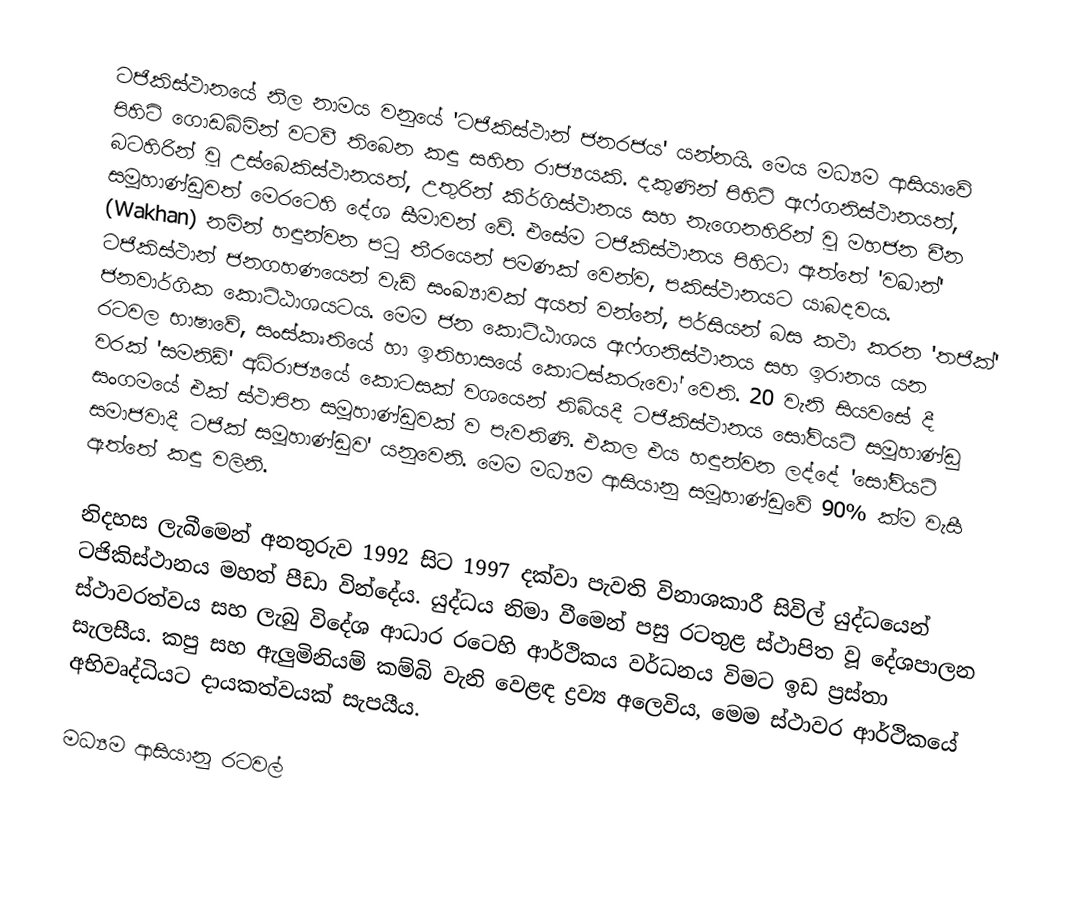
ටජිකිස්ථානයේ නිල නාමය වනුයේ 'ටජිකිස්ථාන් ජනරජය' යන්නයි. මෙය මධ්‍යම ආසියාවේ පිහිටි ගොඩබිමින් වටවී තිබෙන කඳු සහිත රාජ්‍යයකි. දකුණින් පිහිටි ඇෆ්ගනිස්ථානයත්, බටහිරින් වූ උස්බෙකිස්ථානයත්, උතුරින් කිර්ගිස්ථානය සහ නැගෙනහිරින් වූ මහජන චීන සමූහාණ්ඩුවත් මෙරටෙහි දේශ සීමාවන් වේ. එසේම ටජිකිස්ථානය පිහිටා ඇත‍්තේ 'වඛාන්' (Wakhan) නමින් හඳුන්වන පටු තීරයෙන් පමණක් වෙන්ව, පකිස්ථානයට යාබදවය. ටජිකිස්ථාන් ජනගහණයෙන් වැඩි සංඛ්‍යාවක් අයත් වන්නේ, පර්සියන් බස කථා කරන 'තජික්' ජනවාර්ගික කොට්ඨාශයටය. මෙම ජන කොට්ඨාශය ඇෆ්ගනිස්ථානය සහ ඉරානය යන රටවල භාෂාවේ, සංස්කෘතියේ හා ඉතිහාසයේ කොටස්කරුවෝ වෙති. 20 වැනි සියවසේ දී වරක් 'සමනිඩ්' අධිරාජ්‍යයේ කොටසක් වශයෙන් තිබියදී ටජිකිස්ථානය සෝවියට් සමූහාණ්ඩු සංගමයේ එක් ස්ථාපිත සමූහාණ්ඩුවක් ව පැවතිණි. එකල එය හඳුන්වන ලද්දේ 'සෝවියට් සමාජ‍වාදී ටජික් සමූහාණ්ඩුව' යනුවෙනි. මෙම මධ්‍යම ආසියානු සමූහාණ්ඩුවේ 90% ක්ම වැසී ඇත්තේ කඳු වලිනි.

නිදහස ලැබීමෙන් අනතුරුව 1992 සිට 1997 දක්වා පැවති විනාශකාරී සිවිල් යුද්ධයෙන් ටජිකිස්ථානය මහත් පීඩා වින්දේය. යුද්ධය නිමා වීමෙන් පසු රටතුළ ස්ථාපිත වූ දේශපාලන ස්ථාවරත්වය සහ ලැබු විදේශ ආධාර රටෙහි ආර්ථිකය වර්ධනය විමට ඉඩ ප්‍රස්තා සැලසීය. කපු සහ ඇලුමිනියම් කම්බි වැනි වෙළඳ ද්‍රව්‍ය අලෙවිය, මෙම ස්ථාවර ආර්ථිකයේ අභිවෘද්ධියට දායකත්වයක් සැපයීය.

මධ්‍යම ආසියානු රටවල්